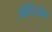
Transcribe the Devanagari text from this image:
ओडिओन